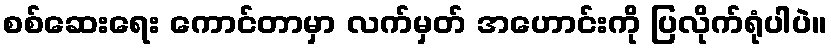
စစ်ဆေးရေး ကောင်တာမှာ လက်မှတ် အဟောင်းကို ပြလိုက်ရုံပါပဲ။